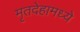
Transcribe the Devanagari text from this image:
मृतदेहामध्ये